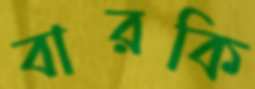
বারকি